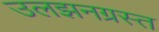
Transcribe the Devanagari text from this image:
उलझनग्रस्त